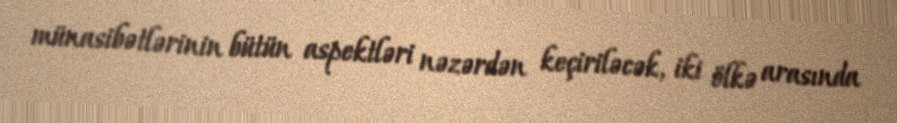
münasibətlərinin bütün aspektləri nəzərdən keçiriləcək, iki ölkə arasında